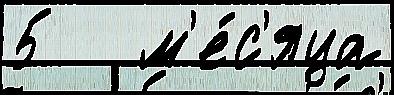
5   м'е́с'яца